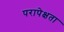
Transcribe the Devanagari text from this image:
परापेक्षता